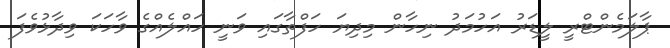
ޕާލަމެންޓްރީ ލީޑަރު އަހުމަދު ނިހާން މިދިޔަ ހަފްތާގައި ވަނީ ހައްލެއްގެ ވާހަކަ ވިދާޅުވެފަ